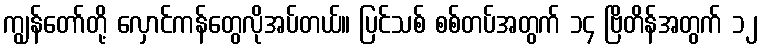
ကျွန်တော်တို့ လှောင်ကန်တွေလိုအပ်တယ်။ ပြင်သစ် စစ်တပ်အတွက် ၁၄ ဗြိတိန်အတွက် ၁၂